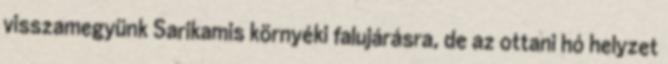
visszamegyünk Sarikamis környéki falujárásra, de az ottani hó helyzet